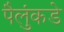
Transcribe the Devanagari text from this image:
पैलुंकडे